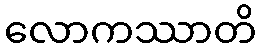
လောကဿာတိ